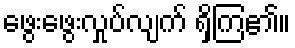
ဖွေးဖွေးလှုပ်လျက် ရှိကြ၏။